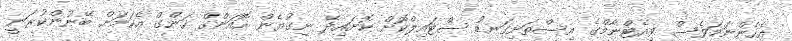
އެހެންނަމަވެސް ވިއެޓްނާމްގެ އިސްތަށިގަނޑު ސްޓައިލްކޮށް ކޮށައިދޭ ނިގުޔެން ހޮއަންގް ހަންގް އެކަމަށް ބޭނުންކުރަނީ